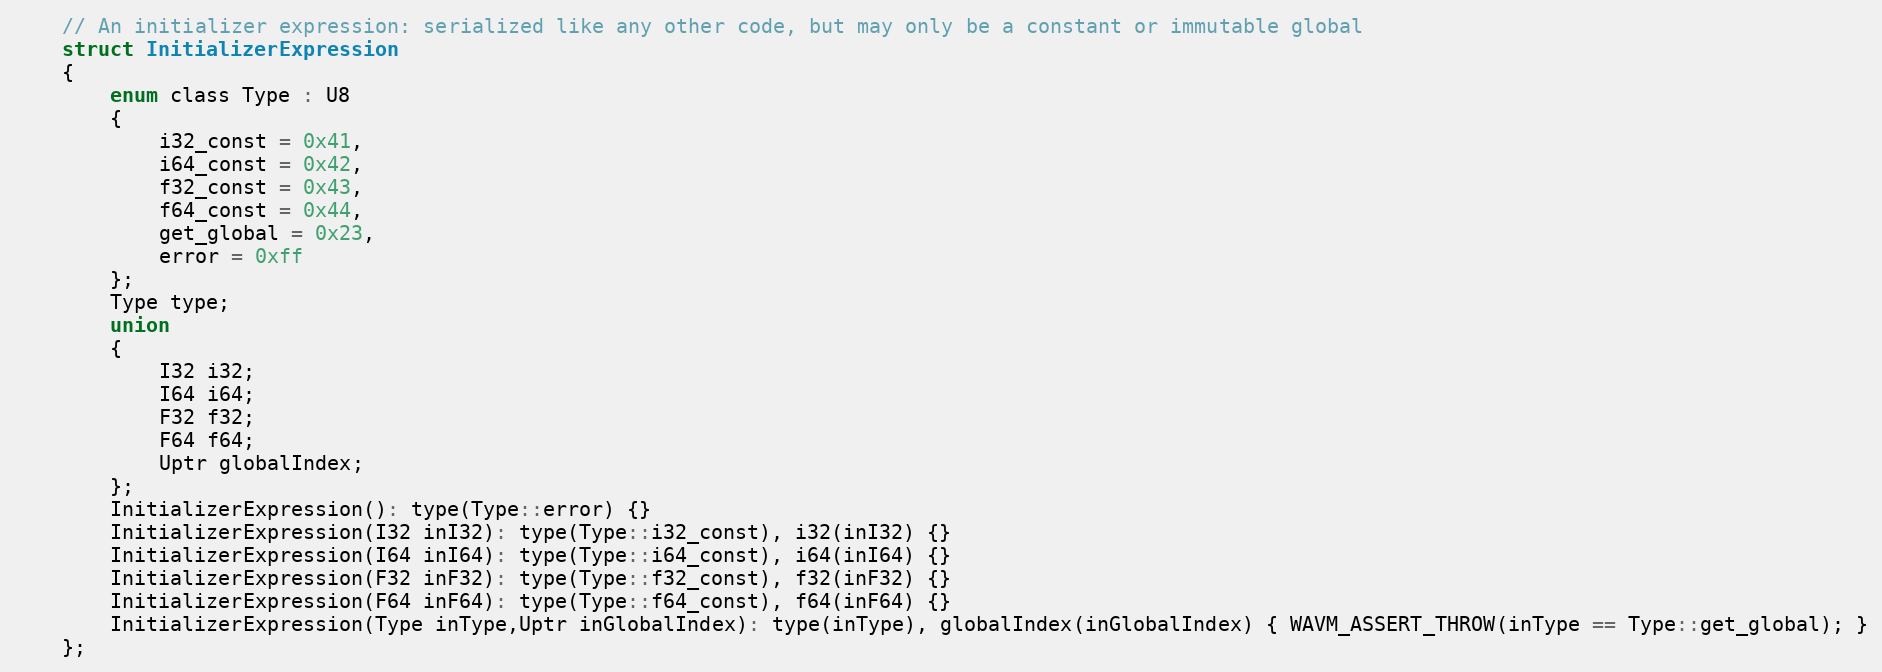
Language: C
	// An initializer expression: serialized like any other code, but may only be a constant or immutable global
	struct InitializerExpression
	{
		enum class Type : U8
		{
			i32_const = 0x41,
			i64_const = 0x42,
			f32_const = 0x43,
			f64_const = 0x44,
			get_global = 0x23,
			error = 0xff
		};
		Type type;
		union
		{
			I32 i32;
			I64 i64;
			F32 f32;
			F64 f64;
			Uptr globalIndex;
		};
		InitializerExpression(): type(Type::error) {}
		InitializerExpression(I32 inI32): type(Type::i32_const), i32(inI32) {}
		InitializerExpression(I64 inI64): type(Type::i64_const), i64(inI64) {}
		InitializerExpression(F32 inF32): type(Type::f32_const), f32(inF32) {}
		InitializerExpression(F64 inF64): type(Type::f64_const), f64(inF64) {}
		InitializerExpression(Type inType,Uptr inGlobalIndex): type(inType), globalIndex(inGlobalIndex) { WAVM_ASSERT_THROW(inType == Type::get_global); }
	};